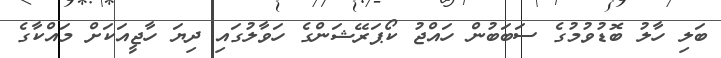
ބަލި ހާލު ބޮޑުވުމުގެ ސަބަބުން ހައްޖު ކޯޕަރޭޝަންގެ ހަވާލުގައި ދިޔަ ހާޖީއަކަށް މައްކާގެ